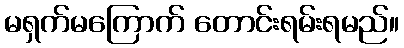
မရှက်မကြောက် တောင်းရမ်းရမည်။